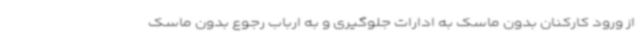
از ورود کارکنان بدون ماسک به ادارات جلوگیری و به ارباب رجوع بدون ماسک